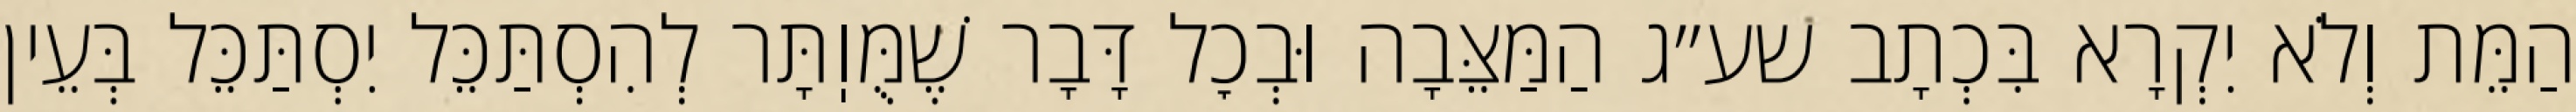
הַמֵּת וְלֹא יִקְרָא בִּכְתָב שע״ג הַמַּצֵּבָה וּבְכׇל דָּבָר שֶׁמֻּוֽתָּר לְהִסְתַּכֵּל יִסְתַּכֵּל בְּעֵין